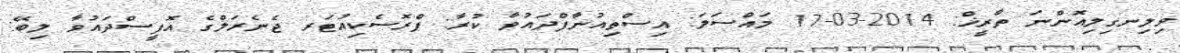
ވިލިނގިލިއޮންނަ ތާރީޚް: 2014-03-17 މައްސަލަ: އިސްތިއުނާފްދައުވާ ކުރާ: ޕްރޮސެކިއުޓަރ ޖެނެރަލްގެ އޮފީސްދައުވާ ލިބޭ: